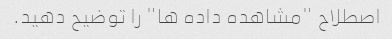
اصطلاح "مشاهده داده ها" را توضیح دهید.